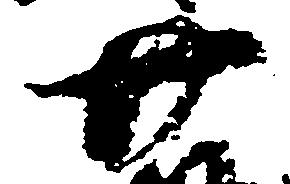
廿